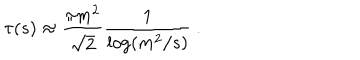
\tau ( s ) \approx \frac { \pi m ^ { 2 } } { \sqrt { 2 } } \frac { 1 } { \log ( m ^ { 2 } / s ) } \ .